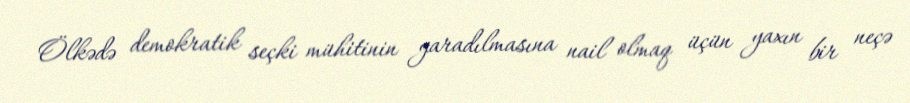
Ölkədə demokratik seçki mühitinin yaradılmasına nail olmaq üçün yaxın bir neçə